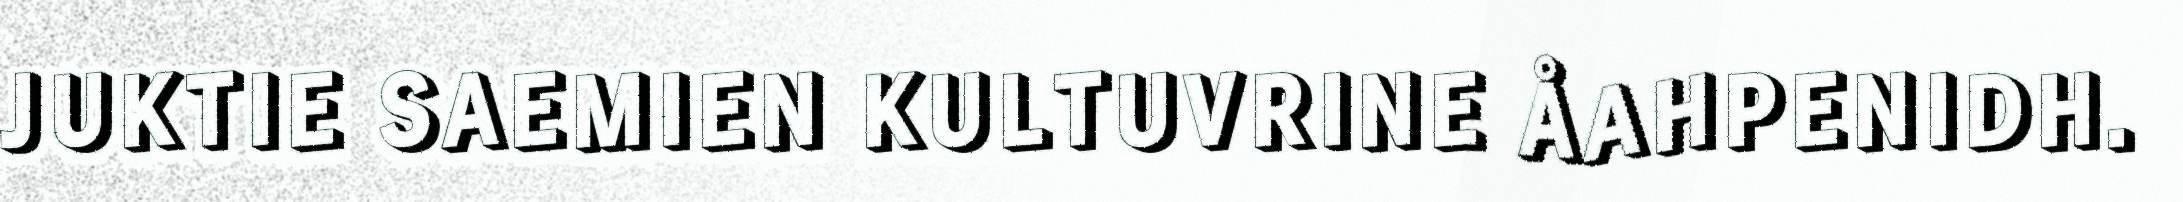
JUKTIE SAEMIEN KULTUVRINE ÅAHPENIDH.